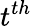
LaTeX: t^{th}